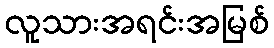
လူသားအရင်းအမြစ်